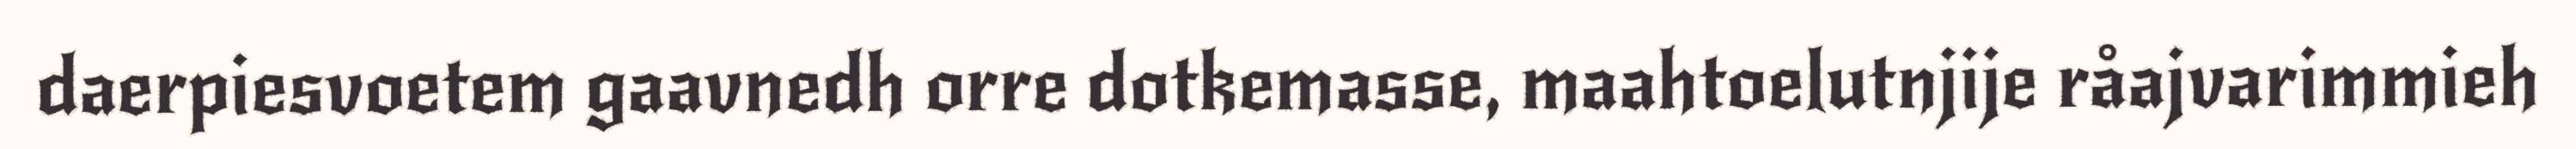
daerpiesvoetem gaavnedh orre dotkemasse, maahtoelutnjije råajvarimmieh